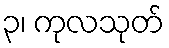
၃၊ ကုလသုတ်